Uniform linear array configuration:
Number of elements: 4
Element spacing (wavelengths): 0.75
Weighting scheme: blackman
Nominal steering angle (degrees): -45
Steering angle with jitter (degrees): -43.292
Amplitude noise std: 0.05
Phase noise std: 0.05

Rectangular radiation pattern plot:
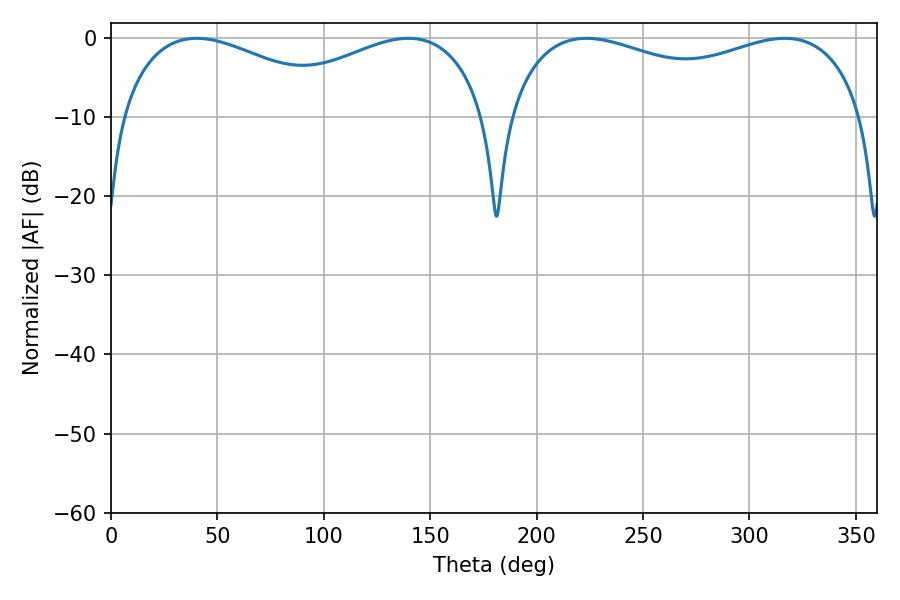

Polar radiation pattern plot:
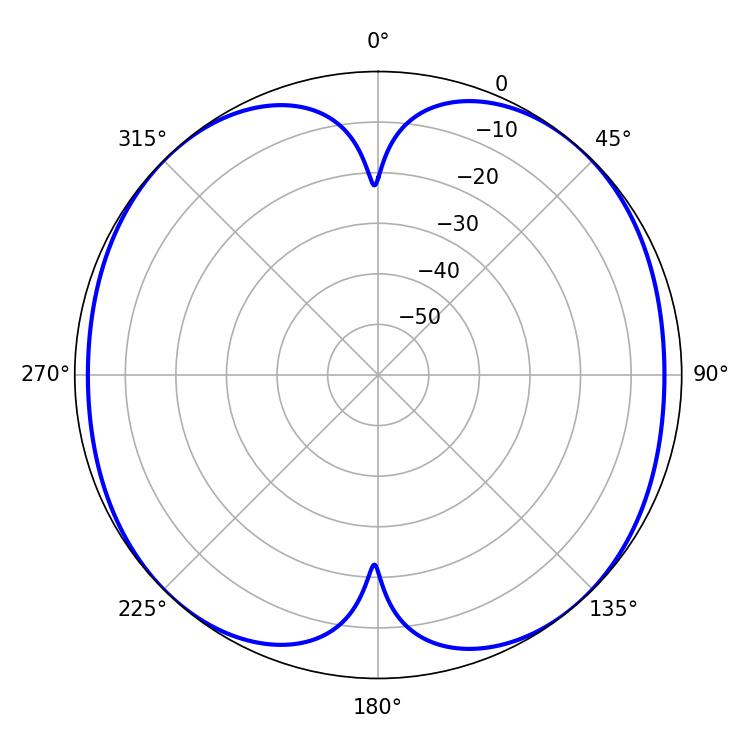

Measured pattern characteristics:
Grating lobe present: TRUE
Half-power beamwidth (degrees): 138.6
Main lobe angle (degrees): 223.38